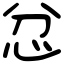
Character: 忿